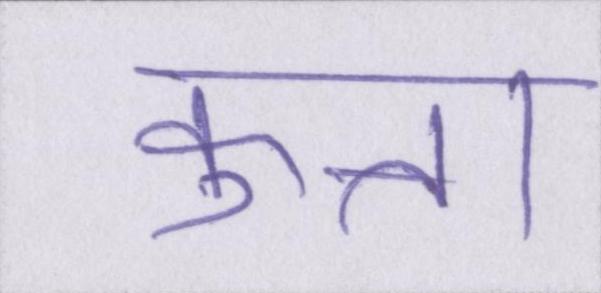
कुत्ता